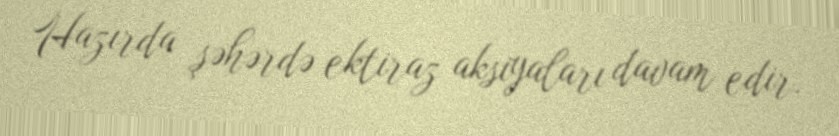
Hazırda şəhərdə ektiraz aksiyaları davam edir.